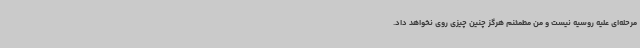
مرحله‌ای علیه روسیه نیست و من مطمئنم هرگز چنین چیزی روی نخواهد داد.